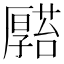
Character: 𠫆